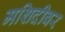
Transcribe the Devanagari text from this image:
मशिदीवर